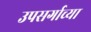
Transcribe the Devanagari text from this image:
उपसर्गाच्या